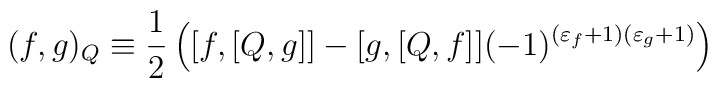
(f,g)_{Q}\equiv\frac{1}{2}\left(  [f,[Q,g]]-[g,[Q,f]](-1)^{(\varepsilon_{f}+1)(\varepsilon_{g}+1)}\right)